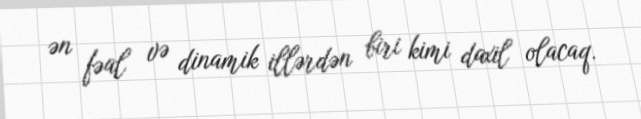
ən fəal və dinamik illərdən biri kimi daxil olacaq.